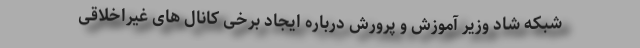
شبکه شاد وزیر آموزش و پرورش درباره ایجاد برخی کانال های غیراخلاقی